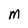
Character: M